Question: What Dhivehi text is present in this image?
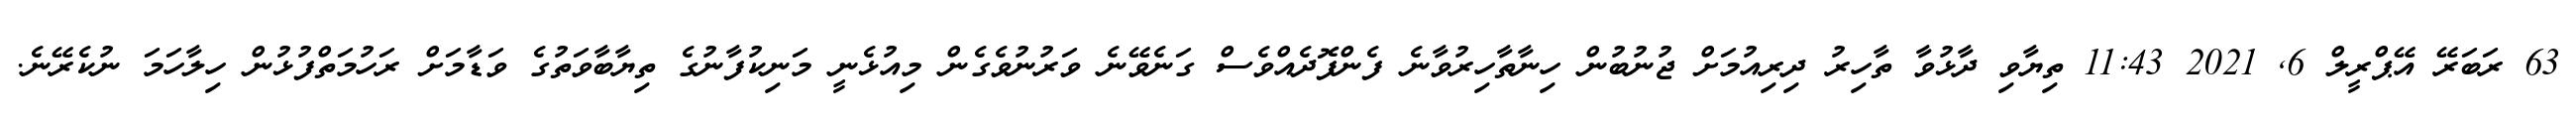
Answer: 63 ރަބަރޭ އޭޕްރީލް 6, 2021 11:43 ތިޔާވި ދާޅުވާ ތާހިރު ދިރިއުމަށް ޖުނުބުން ހިނާތާހިރުވާނެ ފެންފޮދެއްވެސް ގަނެވޭނެ ވަރުނުވެގެން މިއުޅެނީ މަނިކުފާނުގެ ތިޔާބާވަތުގެ ވަޑާމަށް ރަހުމަތްފުޅުން ހިލާހަމަ ނުކެރޭނެ.